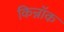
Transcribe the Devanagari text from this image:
किन्नॉक